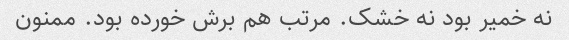
نه خمیر بود نه خشک. مرتب هم برش خورده بود. ممنون